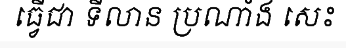
ធ្វើជា ទីលាន ប្រណាំង សេះ